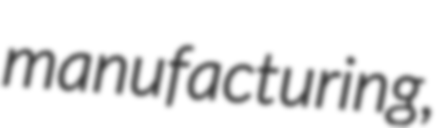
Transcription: manufacturing,